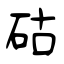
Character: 𥑮